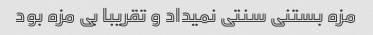
مزه بستنی سنتی نمیداد و تقریبا بی مزه بود